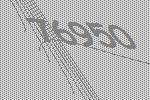
76950